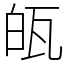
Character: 㼟